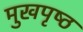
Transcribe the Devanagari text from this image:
मुखपृष्‍ठ